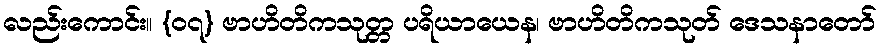
လည်းကောင်း။ {၀၇} ဗာဟိတိကသုတ္တ ပရိယာယေန၊ ဗာဟိတိကသုတ် ဒေသနာတော်